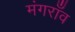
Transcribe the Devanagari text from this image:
मंगराँव